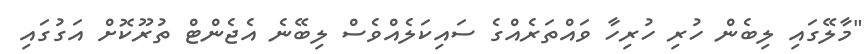
"މާލޭގައި ލިބެން ހުރި ހުރިހާ ވައްތަރެއްގެ ސައިކަލެއްވެސް ލިބޭނެ އެޖެންޓް ތުރޫކޮށް އަގުގައި